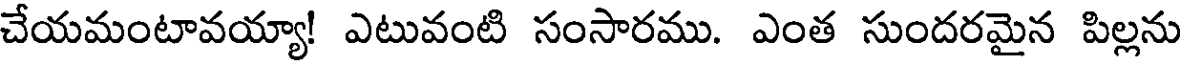
చేయమంటావయ్యా! ఎటువంటి సంసారము. ఎంత సుందరమైన పిల్లను